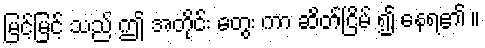
မြင့်မြင့် သည် ဤ အတိုင်း တွေး ကာ ဆိတ်ငြိမ် ၍ နေရ၏ ။